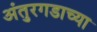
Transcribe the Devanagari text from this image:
अंतुरगडाच्या